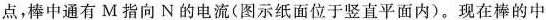
点，棒中通有M指向N的电流(图示纸面位于竖直平面内)。现在棒的中